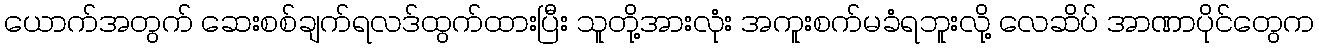
ယောက်အတွက် ဆေးစစ်ချက်ရလဒ်ထွက်ထားပြီး သူတို့အားလုံး အကူးစက်မခံရဘူးလို့ လေဆိပ် အာဏာပိုင်တွေက